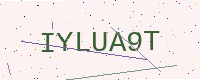
Text: IYLUA9T